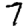
Digit: 7